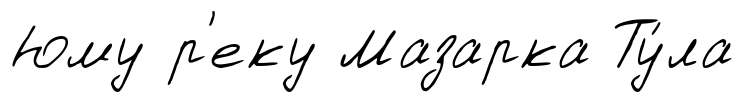
Юму р'еку Мазарка Ту́ла